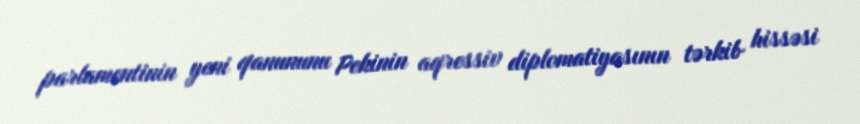
parlamentinin yeni qanununu Pekinin aqressiv diplomatiyasının tərkib hissəsi